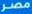
مصر